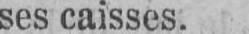
ses caisses.